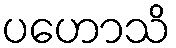
ပဟောသိ